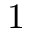
1